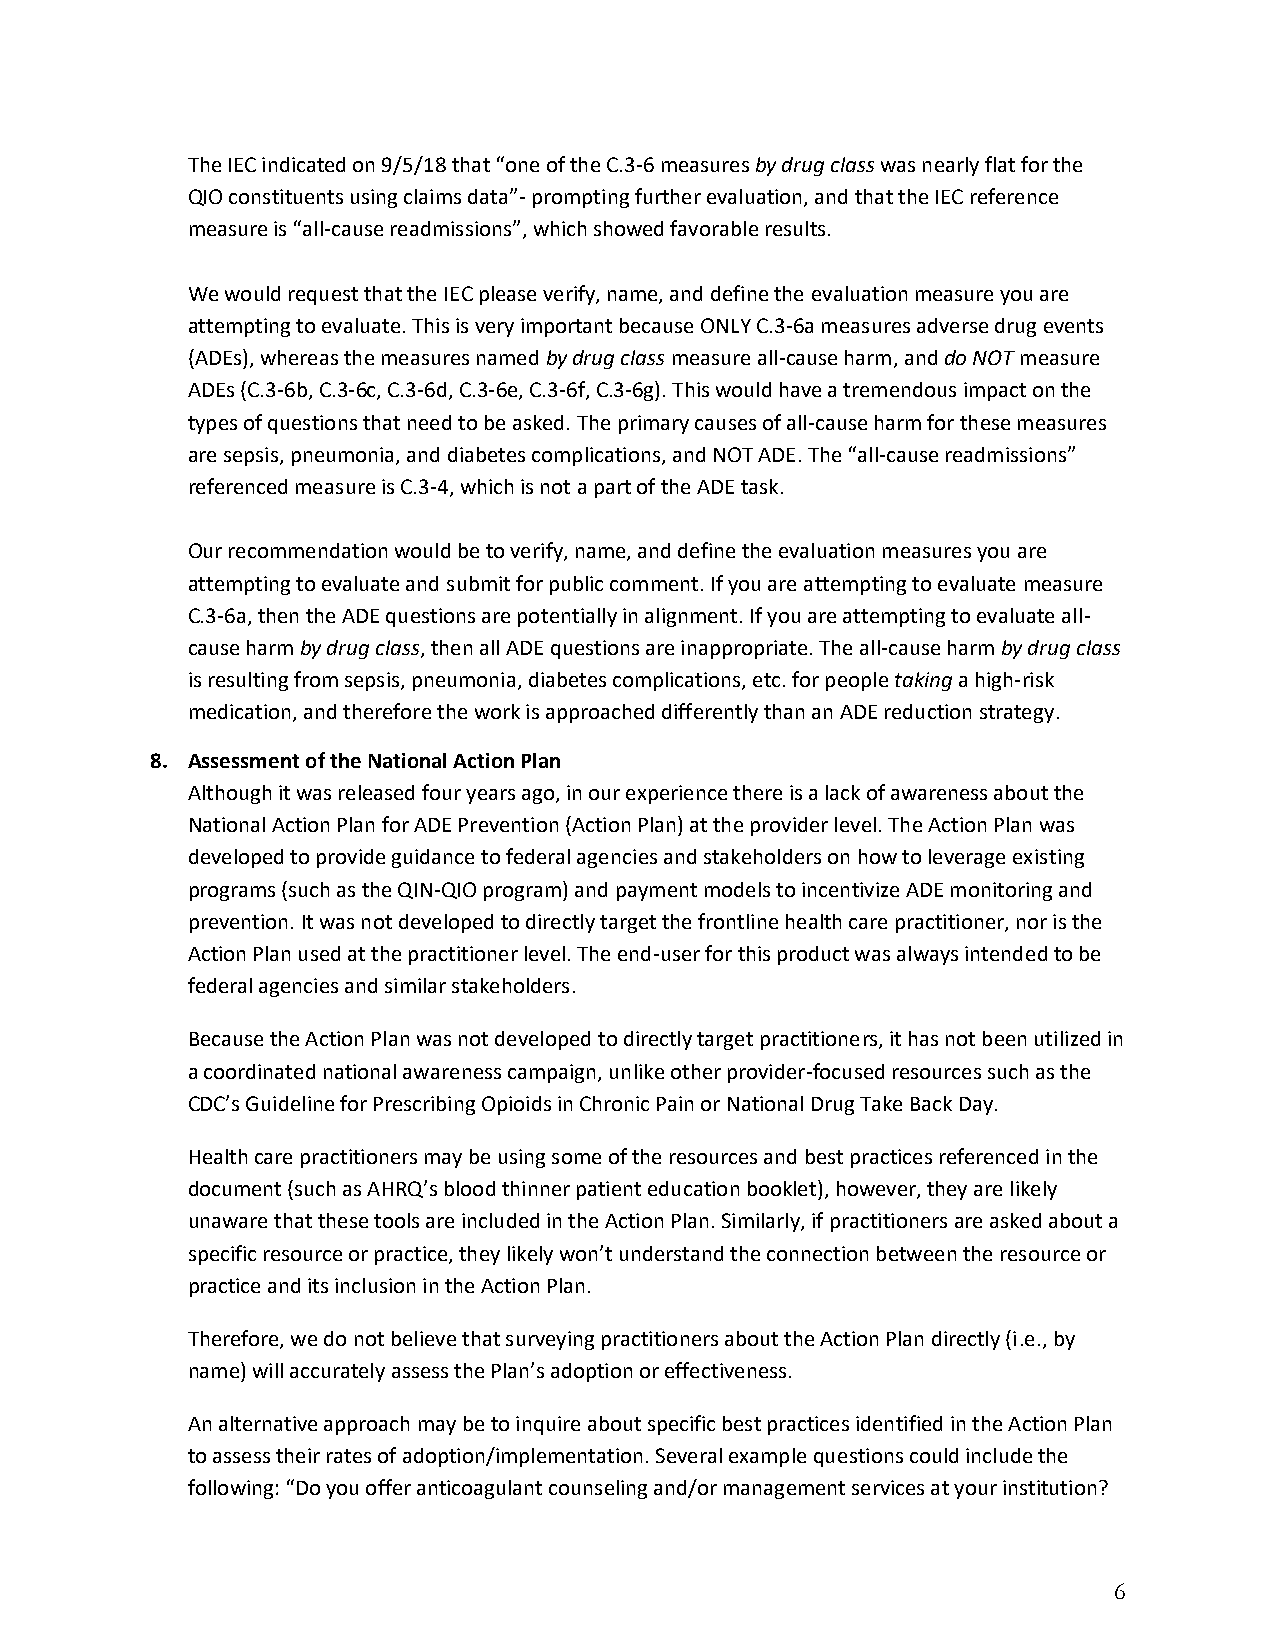
The IEC indicated on 9/5/18 that “one of the C.3-6 measures by drug class was nearly flat for the
 QIO constituents using claims data”- prompting further evaluation, and that the IEC reference
 measure is “all-cause readmissions”, which showed favorable results.
 We would request that the IEC please verify, name, and define the evaluation measure you are
 attempting to evaluate. This is very important because ONLY C.3-6a measures adverse drug events
 (ADEs), whereas the measures named by drug class measure all-cause harm, and do NOT measure
 ADEs (C.3-6b, C.3-6c, C.3-6d, C.3-6e, C.3-6f, C.3-6g). This would have a tremendous impact on the
 types of questions that need to be asked. The primary causes of all-cause harm for these measures
 are sepsis, pneumonia, and diabetes complications, and NOT ADE. The “all-cause readmissions”
 referenced measure is C.3-4, which is not a part of the ADE task.
 Our recommendation would be to verify, name, and define the evaluation measures you are
 attempting to evaluate and submit for public comment. If you are attempting to evaluate measure
 C.3-6a, then the ADE questions are potentially in alignment. If you are attempting to evaluate all-
 cause harm by drug class, then all ADE questions are inappropriate. The all-cause harm by drug class
 is resulting from sepsis, pneumonia, diabetes complications, etc. for people taking a high-risk
 medication, and therefore the work is approached differently than an ADE reduction strategy.
 8. Assessment of the National Action Plan
 Although it was released four years ago, in our experience there is a lack of awareness about the
 National Action Plan for ADE Prevention (Action Plan) at the provider level. The Action Plan was
 developed to provide guidance to federal agencies and stakeholders on how to leverage existing
 programs (such as the QIN-QIO program) and payment models to incentivize ADE monitoring and
 prevention. It was not developed to directly target the frontline health care practitioner, nor is the
 Action Plan used at the practitioner level. The end-user for this product was always intended to be
 federal agencies and similar stakeholders.
 Because the Action Plan was not developed to directly target practitioners, it has not been utilized in
 a coordinated national awareness campaign, unlike other provider-focused resources such as the
 CDC’s Guideline for Prescribing Opioids in Chronic Pain or National Drug Take Back Day.
 Health care practitioners may be using some of the resources and best practices referenced in the
 document (such as AHRQ’s blood thinner patient education booklet), however, they are likely
 unaware that these tools are included in the Action Plan. Similarly, if practitioners are asked about a
 specific resource or practice, they likely won’t understand the connection between the resource or
 practice and its inclusion in the Action Plan.
 Therefore, we do not believe that surveying practitioners about the Action Plan directly (i.e., by
 name) will accurately assess the Plan’s adoption or effectiveness.
 An alternative approach may be to inquire about specific best practices identified in the Action Plan
 to assess their rates of adoption/implementation. Several example questions could include the
 following: “Do you offer anticoagulant counseling and/or management services at your institution?
 6